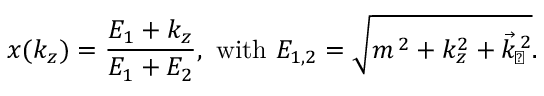
x ( k _ { z } ) = \frac { E _ { 1 } + k _ { z } } { E _ { 1 } + E _ { 2 } } , \mathrm { ~ w i t h ~ } E _ { 1 , 2 } = \sqrt { m ^ { \, 2 } + k _ { z } ^ { 2 } + \vec { k } _ { \! \perp } ^ { \, 2 } } .